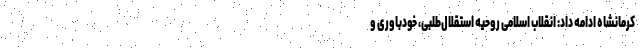
کرمانشاه ادامه داد: انقلاب اسلامی روحیه استقلال‌طلبی، خودباوری و